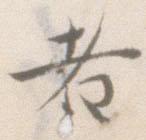
者